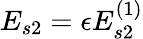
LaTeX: E_{s2}=\epsilon E_{s2}^{(1)}